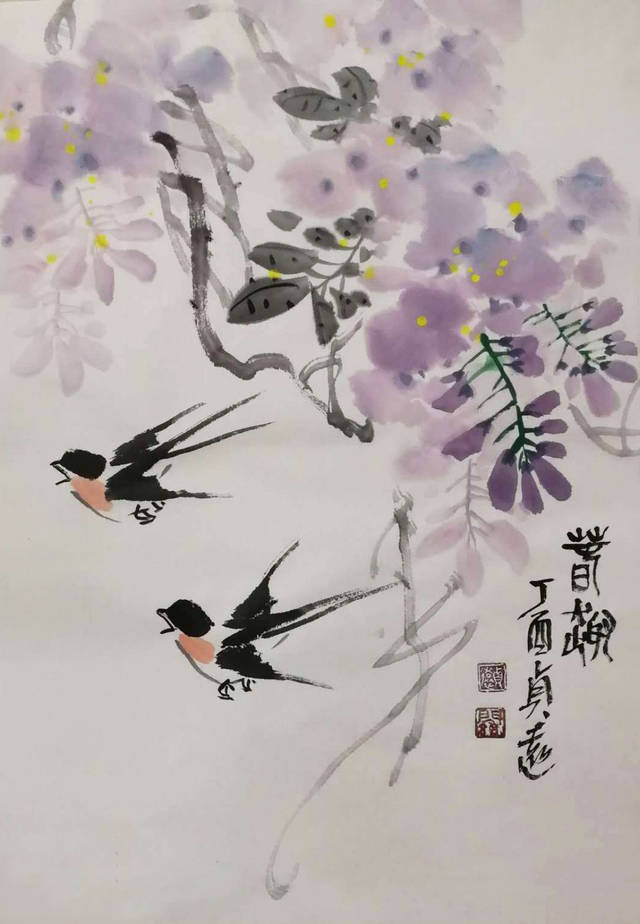
莺嘴啄花红溜，燕尾点波绿皱。